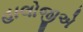
હાલોજીએ